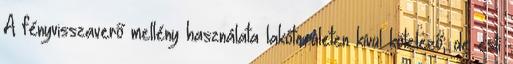
A fényvisszaverő mellény használata lakóterületen kívül kötelező, de esti